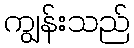
ကျွန်းသည်